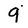
Character: q